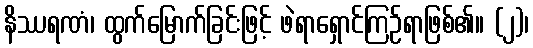
နိဿရဏံ၊ ထွက်မြောက်ခြင်းဖြင့် ဖဲရာရှောင်ကြဉ်ရာဖြစ်၏။ (၂)၊